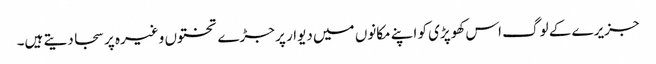
جزیرے کے لوگ اس کھوپڑی کو اپنے مکانوں میں دیوار پر جڑے تختوں وغیرہ پر سجا دیتے ہیں۔